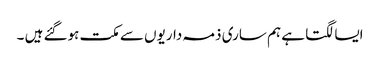
ایسا لگتا ہے ہم ساری ذمہ داریوں سے مکت ہوگئے ہیں ۔